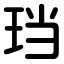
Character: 珰